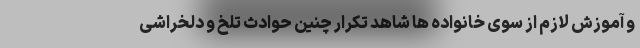
و آموزش لازم از سوی خانواده ها شاهد تکرار چنین حوادث تلخ و دلخراشی